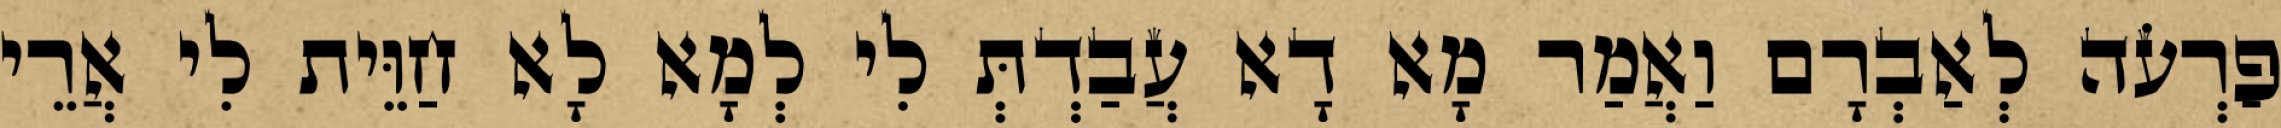
פַרְעֹה לְאַבְרָם וַאֲמַר מָא דָא עֲבַדְתְּ לִי לְמָא לָא חַוֵּית לִי אֲרֵי